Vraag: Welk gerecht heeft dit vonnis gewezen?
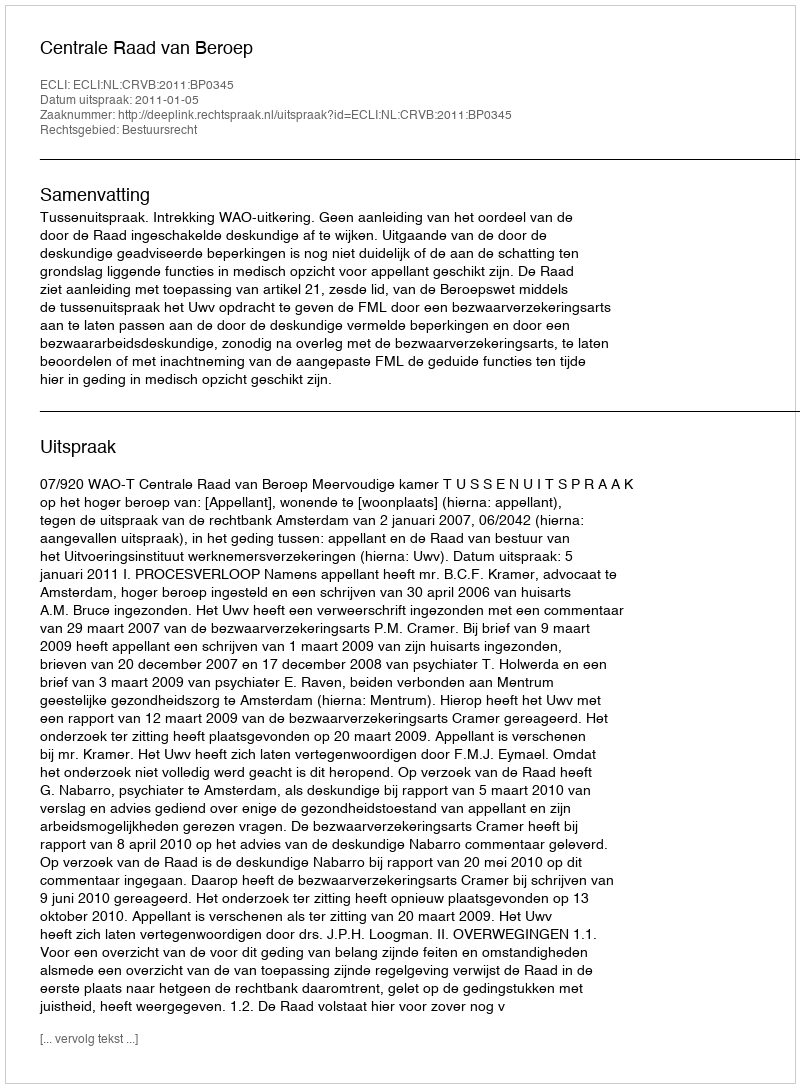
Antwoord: Centrale Raad van Beroep